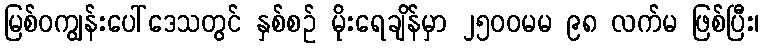
မြစ်ဝကျွန်းပေါ်ဒေသတွင် နှစ်စဉ် မိုးရေချိန်မှာ ၂၅၀၀မမ ၉၈ လက်မ ဖြစ်ပြီး၊